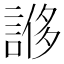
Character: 𧩀